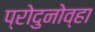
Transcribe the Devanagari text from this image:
प्रोदुनोव्हा